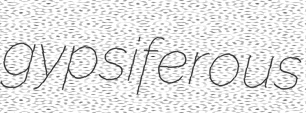
gypsiferous